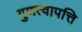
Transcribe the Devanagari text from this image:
गुणत्वापत्ति